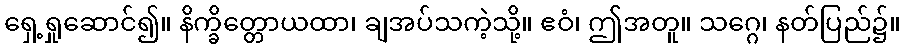
ရှေ့ရှုဆောင်၍။ နိက္ခိတ္တောယထာ၊ ချအပ်သကဲ့သို့။ ဧဝံ၊ ဤအတူ။ သဂ္ဂေ၊ နတ်ပြည်၌။